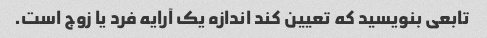
تابعی بنویسید که تعیین کند اندازه یک آرایه فرد یا زوج است.